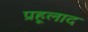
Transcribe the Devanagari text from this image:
प्रहूलाद